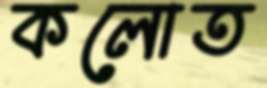
কলোত